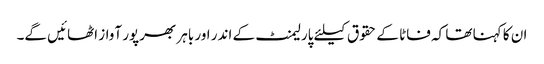
ان کا کہنا تھا کہ فاٹا کے حقوق کیلئے پارلیمنٹ کے اندر اور باہر بھرپور آواز اٹھائیں گے۔